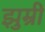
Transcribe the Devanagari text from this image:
झुम्री